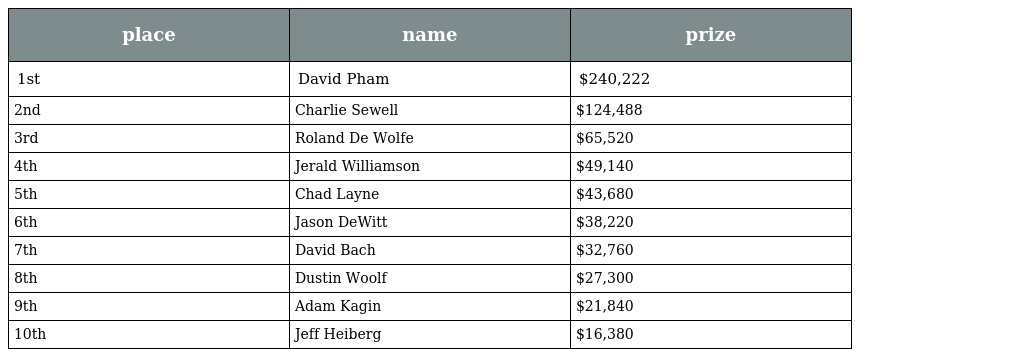
| place | name | prize |
 | --- | --- | --- |
 | 1st | David Pham | $240,222 |
 | 2nd | Charlie Sewell | $124,488 |
 | 3rd | Roland De Wolfe | $65,520 |
 | 4th | Jerald Williamson | $49,140 |
 | 5th | Chad Layne | $43,680 |
 | 6th | Jason DeWitt | $38,220 |
 | 7th | David Bach | $32,760 |
 | 8th | Dustin Woolf | $27,300 |
 | 9th | Adam Kagin | $21,840 |
 | 10th | Jeff Heiberg | $16,380 |